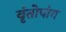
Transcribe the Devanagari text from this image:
वृंतोपांग